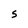
Character: S